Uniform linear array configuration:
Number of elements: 8
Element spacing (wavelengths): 0.75
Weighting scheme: exponential
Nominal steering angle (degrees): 30
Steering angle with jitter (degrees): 30.955
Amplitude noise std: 0.05
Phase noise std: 0.05

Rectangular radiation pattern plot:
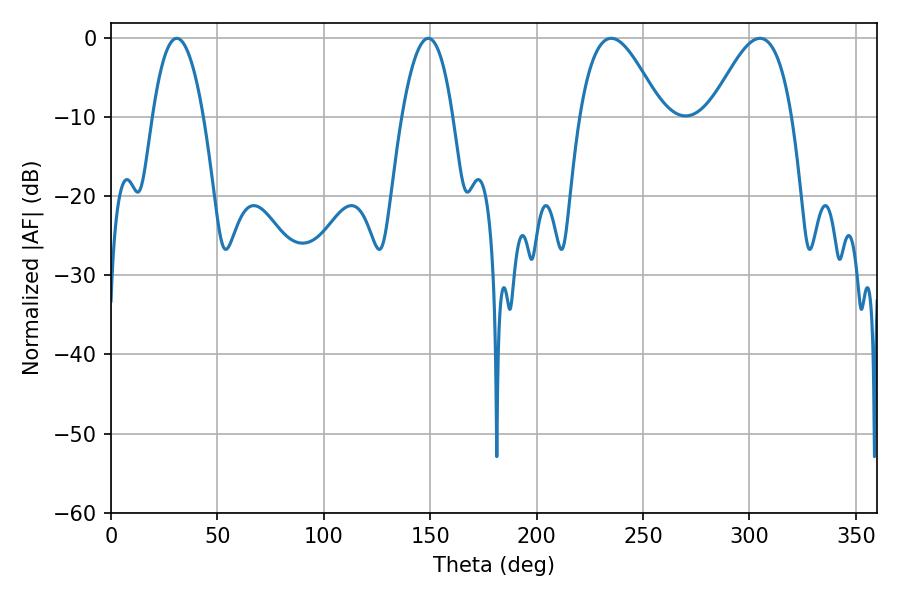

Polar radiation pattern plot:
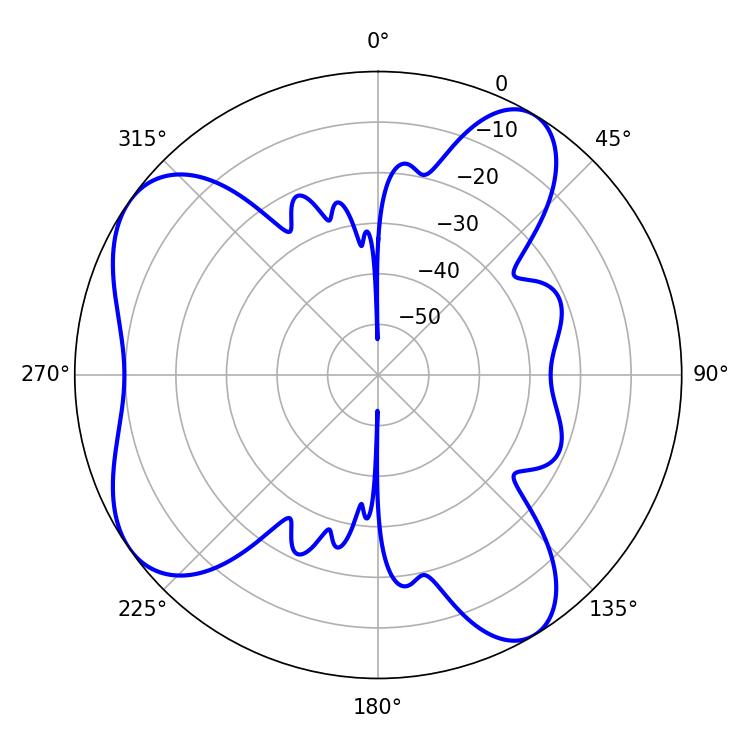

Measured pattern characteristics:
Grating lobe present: TRUE
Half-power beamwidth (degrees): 20.7
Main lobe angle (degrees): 304.92